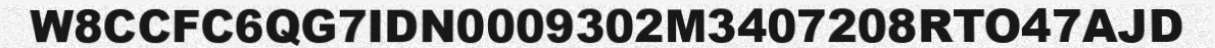
W8CCFC6QG7IDN0009302M3407208RTO47AJD